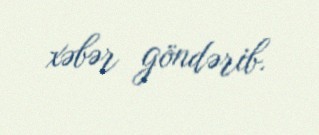
xəbər göndərib.